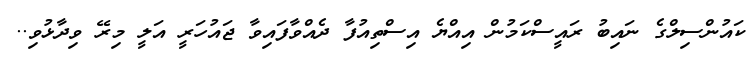
ކައުންސިލްގެ ނައިބު ރައީސްކަމުން އިއްޔެ އިސްތިއުފާ ދެއްވާފައިވާ ޖައުހަރީ އަލީ މިރޭ ވިދާޅުވި..